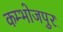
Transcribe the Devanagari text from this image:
कम्भोजपुर